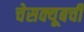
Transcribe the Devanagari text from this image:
चेसक्यूबची